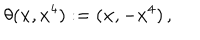
\theta ( { \bf x } , x ^ { 4 } ) : = ( { \bf x } , - x ^ { 4 } ) \, ,